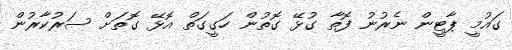
ގައުމީ ޕާޓީން ނެރުނު ފޮތާ ގުޅޭ ގޮތުން ހަގީގަތް އޮޅޭ ގޮތަށް ސަރުކާރުން